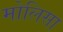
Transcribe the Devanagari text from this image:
मोलिसा